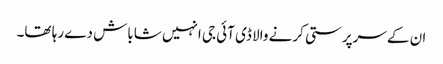
ان کے سرپرستی کرنے والا ڈی آئی جی انہیں شاباش دے رہا تھا۔